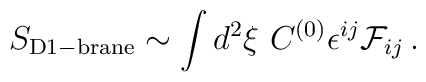
S_{\rm D1-brane} \sim \int d^2\xi\ C^{(0)}  \epsilon^{ij}{\cal F}_{ij}\, .